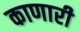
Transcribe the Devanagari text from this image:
काणारी